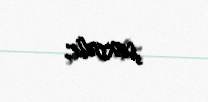
şəxsdir.